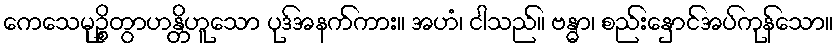
ကေသေမုဉ္စိတွာဟန္တိဟူသော ပုဒ်အနက်ကား။ အဟံ၊ ငါသည်။ ဗန္ဓာ၊ စည်းနှောင်အပ်ကုန်သော။